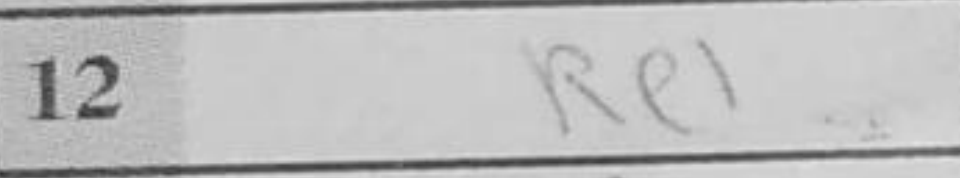
Transcription: Re1